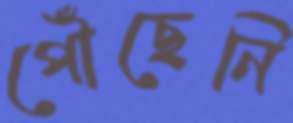
পৌঁঁছেনি